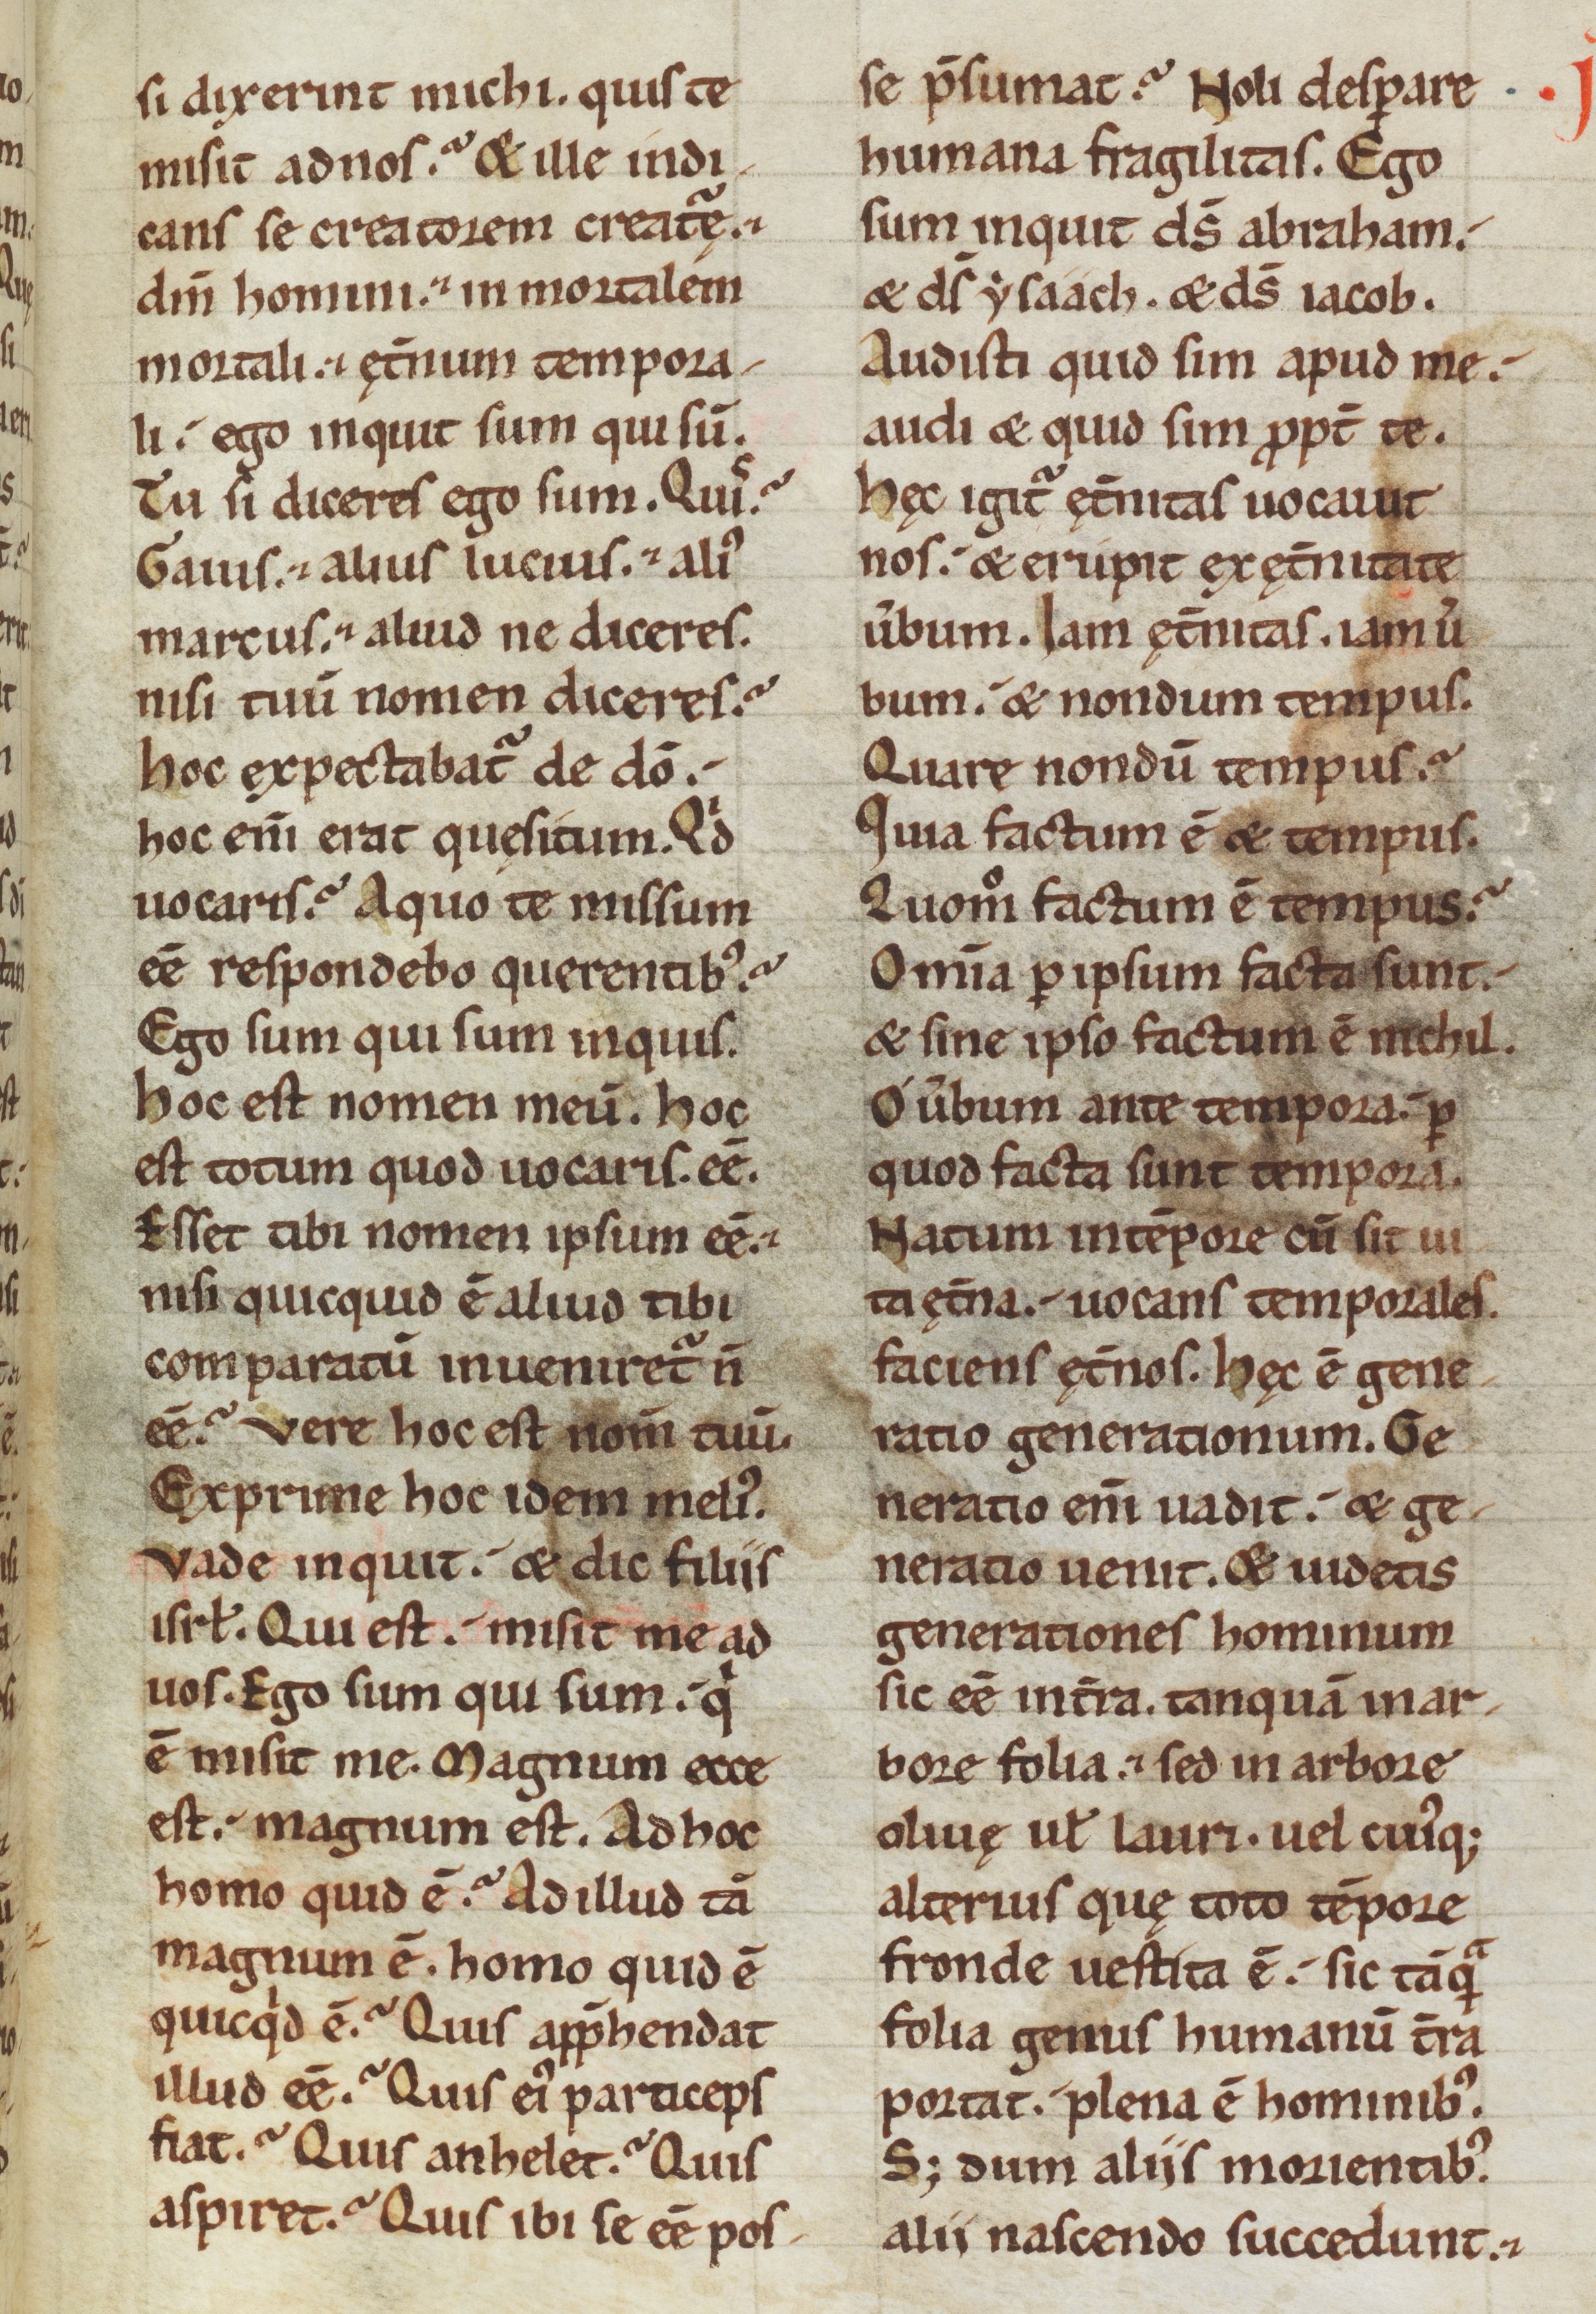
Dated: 1100–1199